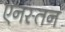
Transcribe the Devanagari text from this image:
एनस्तन